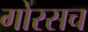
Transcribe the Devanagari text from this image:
गोरसच